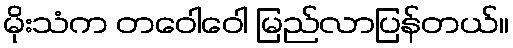
မိုးသံက တဝေါဝေါ မြည်လာပြန်တယ်။